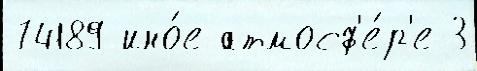
74189 ино́е атмосф'е́р'е 3